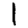
Digit: 1